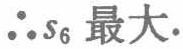
\(\therefore s_{6}\)最大.